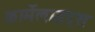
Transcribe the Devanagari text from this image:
कार्मेलाइट्स